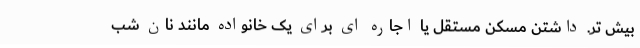
بیش تر. داشتن مسکن مستقل یا اجاره ای برای یک خانواده مانند نان شب